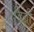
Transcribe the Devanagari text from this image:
८डिग्री